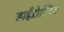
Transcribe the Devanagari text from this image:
डाईग्नोस्टिक